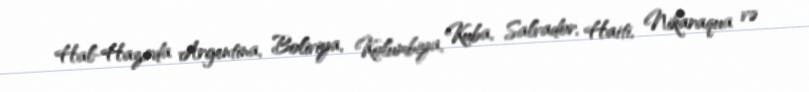
Hal-Hazırda Argentina, Boliviya, Kolumbiya, Kuba, Salvador, Haiti, Nikaraqua və